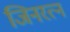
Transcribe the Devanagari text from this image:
जिनरत्न